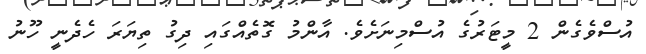
އުސްވެގެން 2 މީޓަރުގެ އުސްމިނަށެވެ. އާންމު ގޮތެއްގައި ދިގު ތިޔަރަ ހެދެނީ ހޫނު